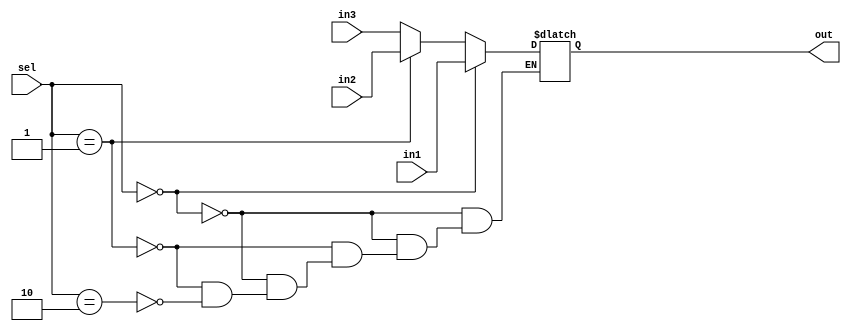
module mux3to1 (out, sel, in1, in2, in3) ;
	input in1, in2, in3 ;
	input [1:0] sel ;
	output out ;
	reg out ;			//If using behavioural modelling, then declare as reg.
	
	always @(sel or in1 or in2 or in3)
		/*
		if (sel[1] == 0 && sel[0] == 0)
			out = in1 ;
		else if (sel[1] == 0 && sel[0] == 1)
			out = in2 ;
		else if (sel[1] == 1 && sel[0] == 0)
			out = in3 ;
		*/
		
		if (sel[1:0] == 0)
			out = in1 ;
		else if (sel[1:0] == 1)
			out = in2 ;
		else if (sel[1:0] == 2)
			out = in3 ;
		
endmodule